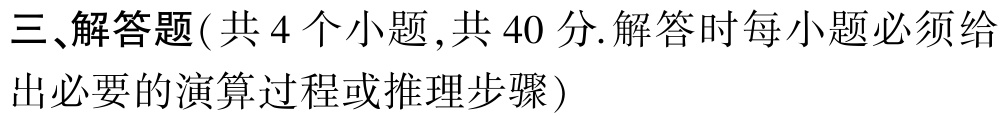
三、解答题(共 4 个小题 ,共 40 分.解答时每小题必须给

出必要的演算过程或推理步骤)